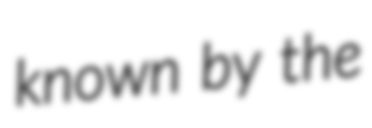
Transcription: known by the